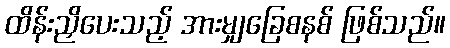
ထိန်းညှိပေးသည့် အားမျှခြေစနစ် ဖြစ်သည်။